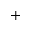
+